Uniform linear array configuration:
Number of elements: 24
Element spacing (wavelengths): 1
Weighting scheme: blackman
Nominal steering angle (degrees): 60
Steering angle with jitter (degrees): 60.164
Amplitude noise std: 0.05
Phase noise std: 0.05

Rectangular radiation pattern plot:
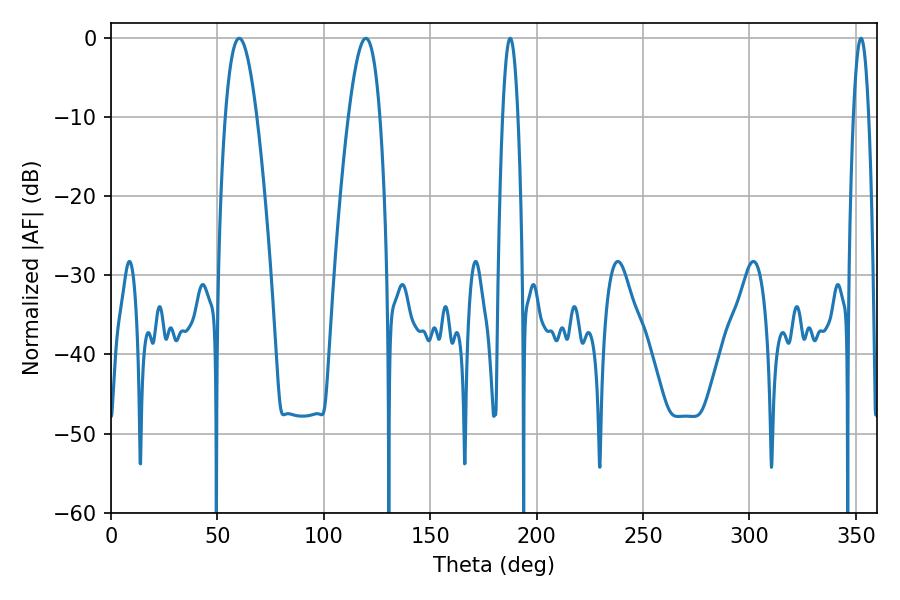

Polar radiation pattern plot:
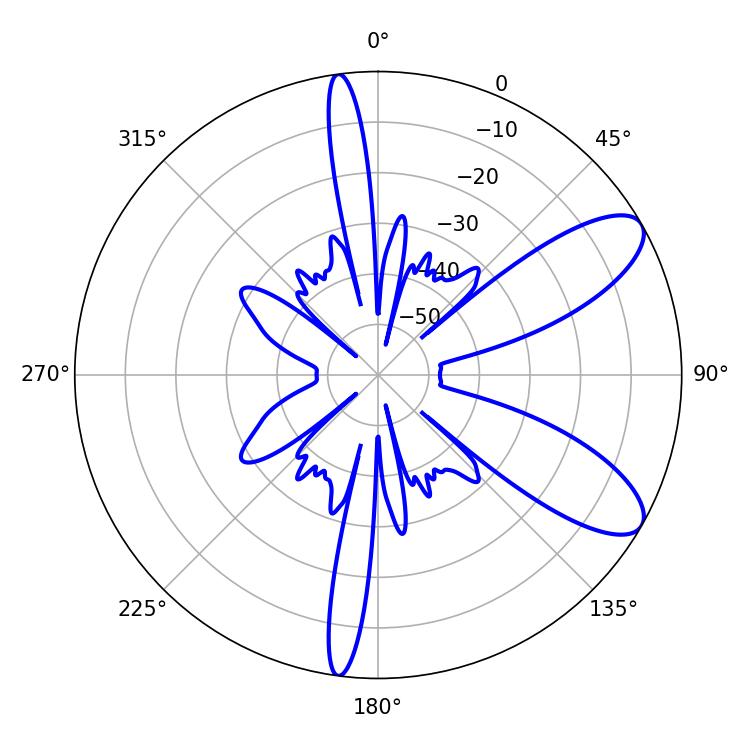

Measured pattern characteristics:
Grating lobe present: TRUE
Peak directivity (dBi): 9.112
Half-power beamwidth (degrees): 3.96
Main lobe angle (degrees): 187.56